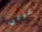
غربي